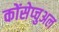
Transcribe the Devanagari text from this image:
कोंसेप्चुअल